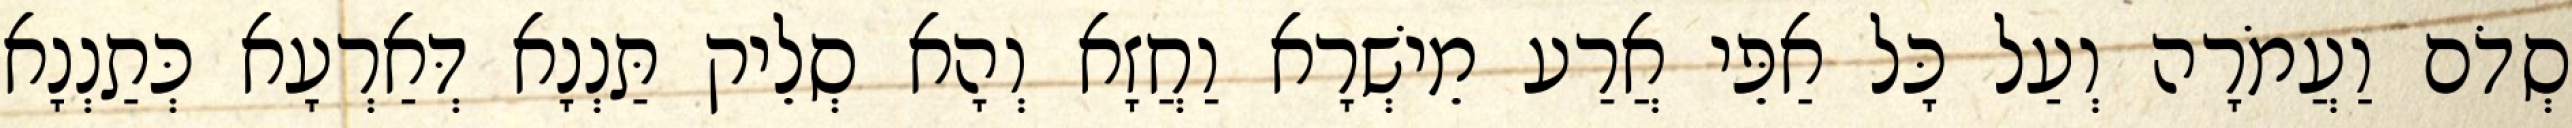
סְדֹם וַעֲמֹרָה וְעַל כָּל אַפֵּי אֲרַע מֵישְׁרָא וַחֲזָא וְהָא סְלֵיק תַּנְנָא דְּאַרְעָא כְּתַנְנָא